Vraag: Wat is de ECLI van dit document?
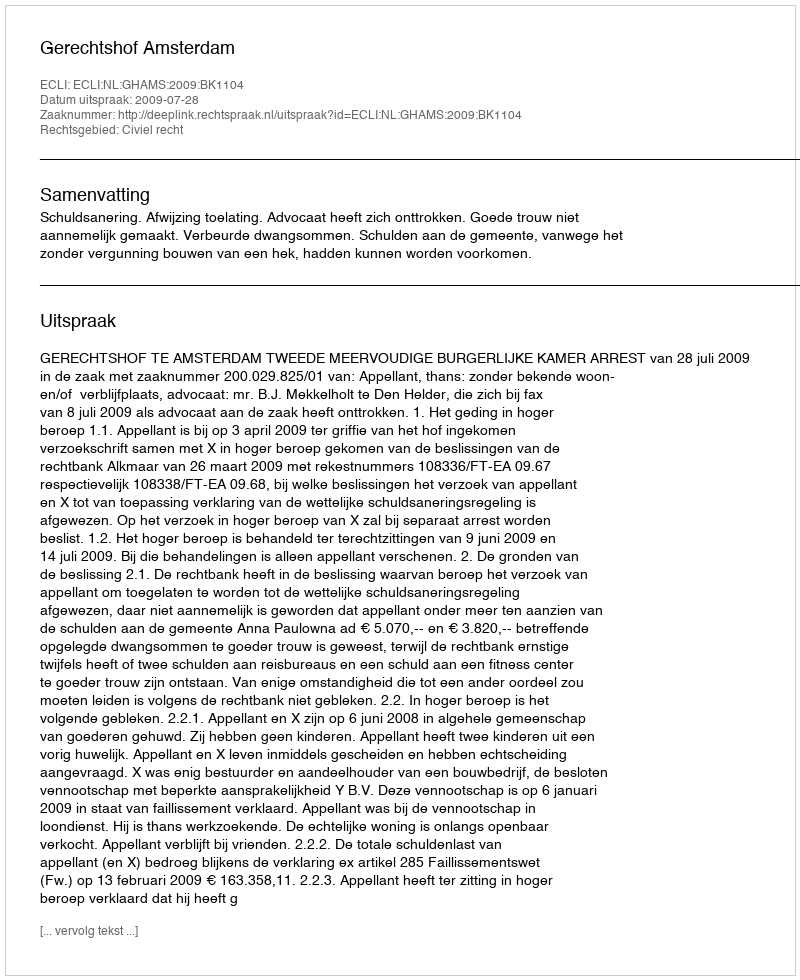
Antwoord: ECLI:NL:GHAMS:2009:BK1104